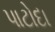
પાટોદા